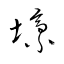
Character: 壕